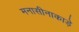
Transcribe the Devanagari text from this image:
मनासीनाकाड़े